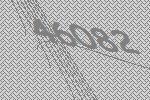
46082